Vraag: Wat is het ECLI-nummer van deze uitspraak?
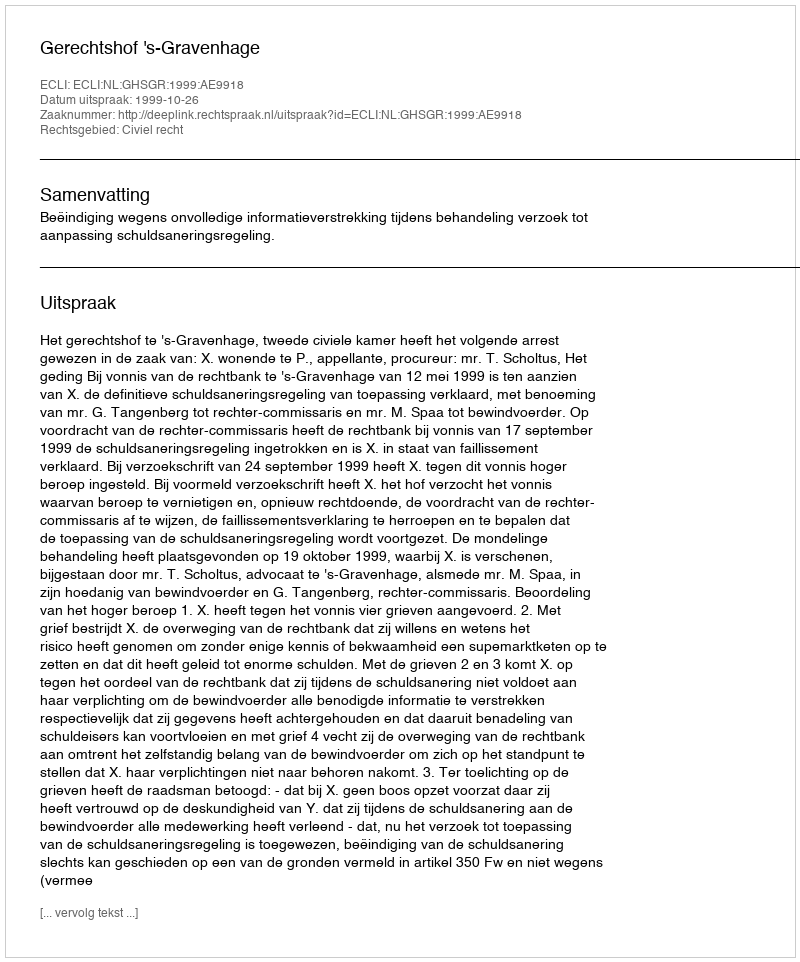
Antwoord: ECLI:NL:GHSGR:1999:AE9918